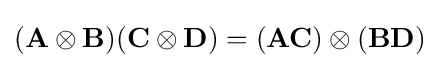
(\mathbf {A} \otimes \mathbf {B} )(\mathbf {C} \otimes \mathbf {D} )=(\mathbf {AC} )\otimes (\mathbf {BD} )